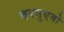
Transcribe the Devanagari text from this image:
बरनुएवो